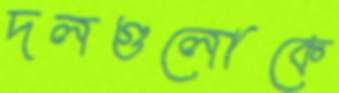
দলগুলোকে